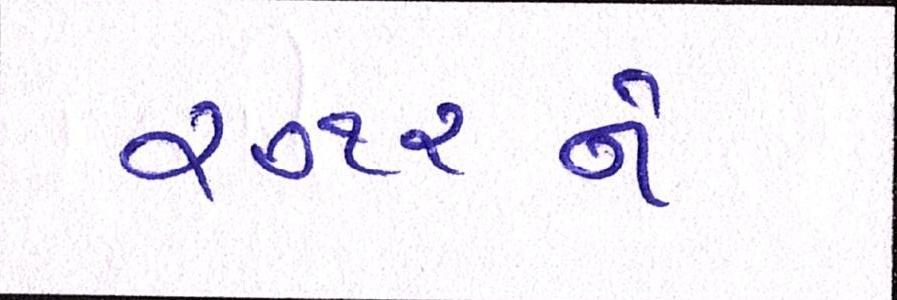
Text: ૨૦૧૨ને